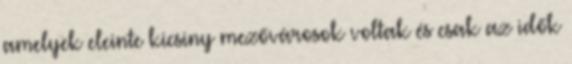
amelyek eleinte kicsiny mezővárosok voltak és csak az idők